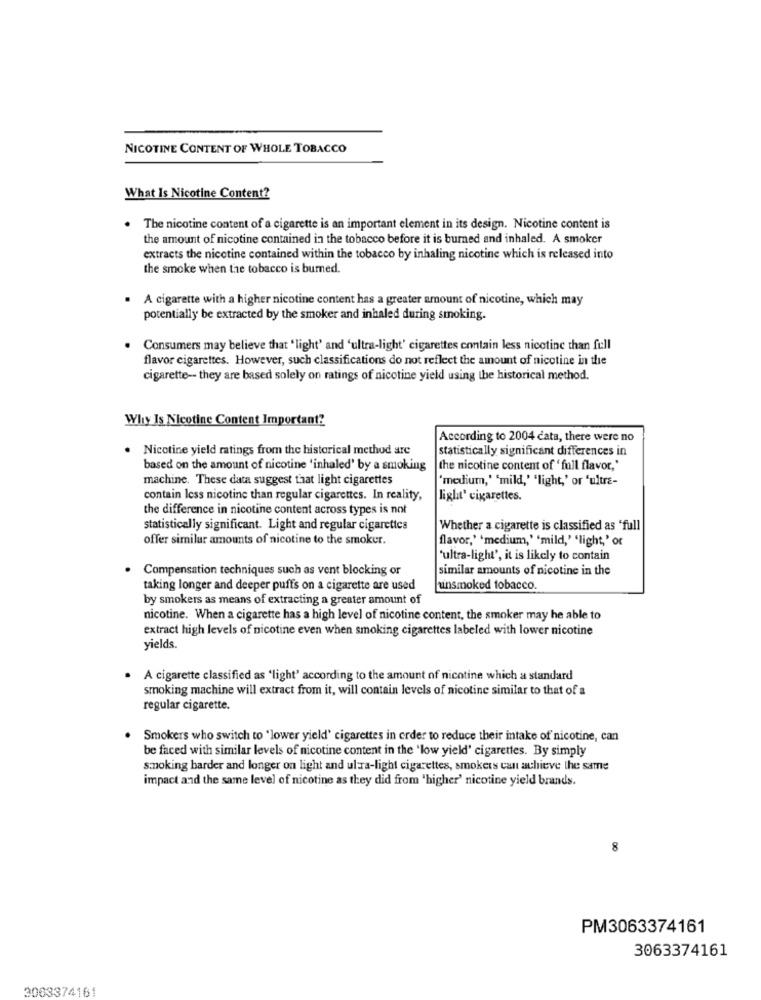
NICOTINE CONTENT OF WHOLE TOBACCO
What Is Nicotine Content?
The nicotine content of a cigarette is an important element in its design. Nicotine content is
the amount of nicotine contained in the tobacco before it is burned and inhaled. A smoker
extracts the nicotine contained within the tobacco by inhaling nicotine which is released into
the smoke when the tobacco is burned.
A cigarette with a higher nicotine content has a greater amount of nicotine, which may
potentially be extracted by the smoker and inhaled during smoking.
Consumers may believe that 'light' and 'ultra-light' cigarettes contain less nicotine than full
flavor cigarettes. However, such classifications do not reflect the amount of nicotine in the
cigarette -- they are based solely on ratings of nicotine yield using the historical method.
Why Is Nicotine Content Important?
According to 2004 cata, there were no
Nicotine yield ratings from the historical method are
statistically significant differences in
based on the amount of nicotine 'inhaled' by a smoking
the nicotine content of ' full flavor,'
machine. These data suggest that light cigarettes
['medium,' 'mild,' 'light,' or 'ultra-
contain less nicotine than regular cigarettes. In reality,
light' cigarettes.
the difference in nicotine content across types is not
statistically significant. Light and regular cigarettes
Whether a cigarette is classified as "full
offer similar amounts of nicotine to the smoker.
flavor,' 'medium,' 'mild,' 'light,' or
'ultra-light', it is likely to contain
Compensation techniques such as vent blocking or
similar amounts of nicotine in the
taking longer and deeper puffs on a cigarette are used
unsmoked tobacco.
by smokers as means of extracting a greater amount of
nicotine. When a cigarette has a high level of nicotine content, the smoker may he able to
extract high levels of nicotine even when smoking cigarettes labeled with lower nicotine
yields.
A cigarette classified as 'light' according to the amount of nicotine which a standard
smoking machine will extract from it, will contain levels of nicotine similar to that of a
regular cigarette.
Smokers who switch to "lower yield' cigarettes in order to reduce their intake of nicotine, can
be faced with similar levels of nicotine content in the 'low yield' cigarettes. By simply
smoking harder and longer on light and ultra-light cigarettes, smokers can achieve the same
impact and the same level of nicotine as they did from 'higher' nicotine yield brands.
8
PM3063374161
3063374161
3063374161